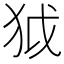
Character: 狘